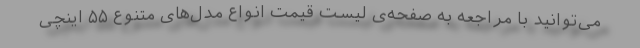
می‌توانید با مراجعه‌ به صفحه‌ی لیست قیمت انواع مدل‌های متنوع ۵۵ اینچی